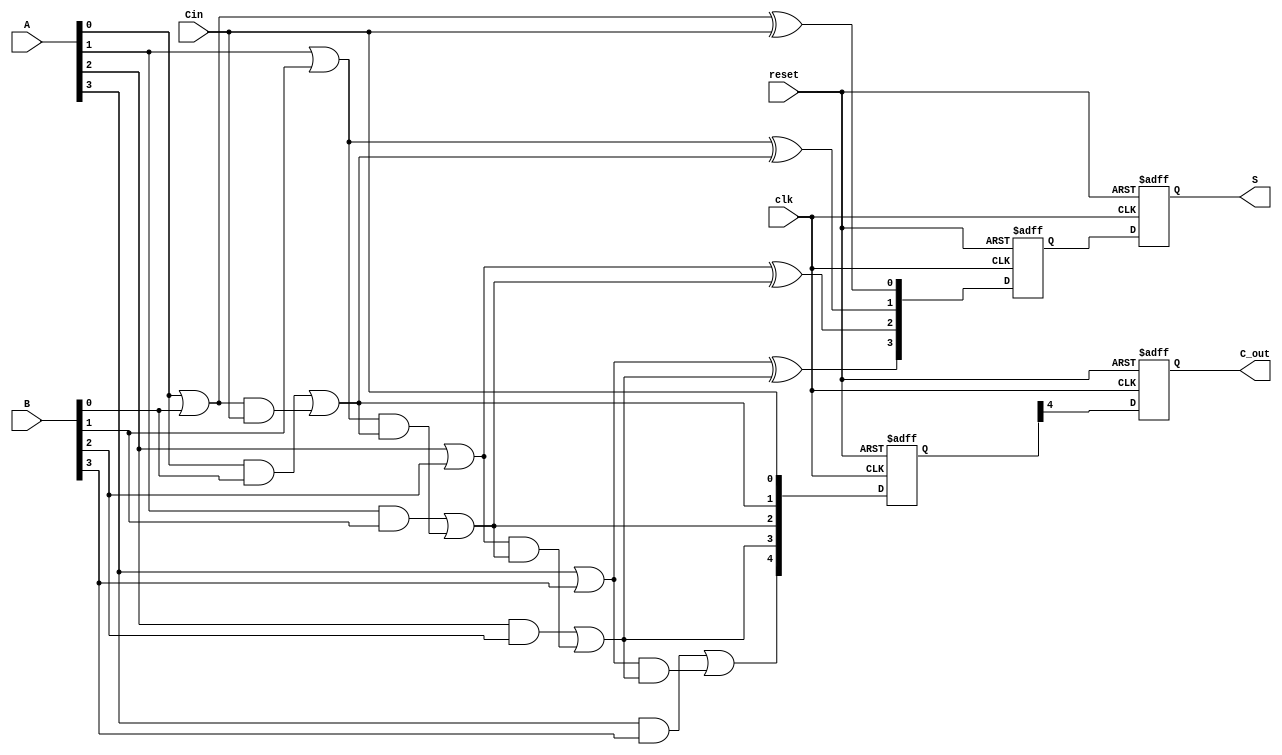
module pipelined_cla #(
    parameter N = 4 // Number of bits
)(
    input  wire [N-1:0] A,       // First n-bit input
    input  wire [N-1:0] B,       // Second n-bit input
    input  wire Cin,              // Carry-in
    input  wire clk,              // Clock signal
    input  wire reset,            // Reset signal
    output reg [N-1:0] S,         // Sum output
    output reg C_out              // Carry-out
);

    // Intermediate signals
    wire [N-1:0] G;              // Generate signals
    wire [N-1:0] P;              // Propagate signals
    wire [N:0] C;                // Carry signals (C[0] = Cin)

    // Stage 1: Generate and Propagate calculations
    genvar i;
    generate
        for (i = 0; i < N; i = i + 1) begin : gen_prop
            assign G[i] = A[i] & B[i]; // Generate
            assign P[i] = A[i] | B[i]; // Propagate
        end
    endgenerate

    // Stage 2: Carry calculations
    assign C[0] = Cin; // Initial carry
    generate
        for (i = 0; i < N; i = i + 1) begin : carry_calc
            assign C[i+1] = G[i] | (P[i] & C[i]); // Carry calculation
        end
    endgenerate

    // Stage 3: Sum calculation
    wire [N-1:0] sum_temp;
    generate
        for (i = 0; i < N; i = i + 1) begin : sum_calc
            assign sum_temp[i] = P[i] ^ C[i]; // Sum calculation
        end
    endgenerate

    // Pipelining registers
    reg [N-1:0] sum_reg;
    reg [N:0] carry_reg;

    // Sequential logic for pipelining
    always @(posedge clk or posedge reset) begin
        if (reset) begin
            sum_reg <= 0;
            carry_reg <= 0;
            S <= 0;
            C_out <= 0;
        end else begin
            // Stage 1 output
            sum_reg <= sum_temp; // Store sum in register
            carry_reg <= C;      // Store carry in register
            // Stage 2 output
            S <= sum_reg;        // Output the sum
            C_out <= carry_reg[N]; // Output the final carry-out
        end
    end

endmodule